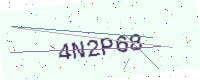
Text: 4N2P68